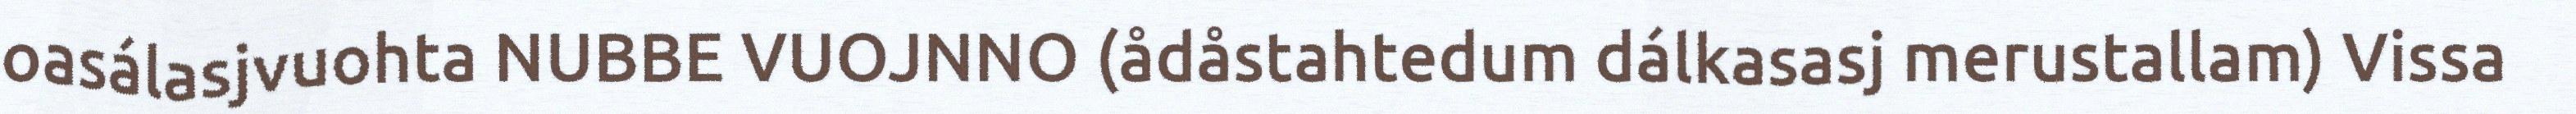
oasálasjvuohta NUBBE VUOJNNO (ådåstahtedum dálkasasj merustallam) Vissa